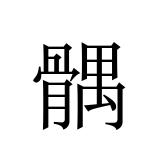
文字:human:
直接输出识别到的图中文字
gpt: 髃